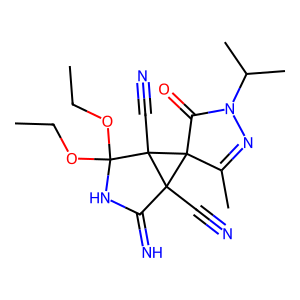
SMILES: CCOC1(OCC)NC(=N)C2(C#N)C3(C(=O)N(C(C)C)N=C3C)C12C#N
Inhibits HIV replication: No